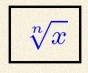
\sqrt[n]{x}